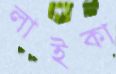
লাইকা